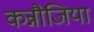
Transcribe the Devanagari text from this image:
कन्नौजिया